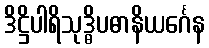
ဒိဋ္ဌိပါရိသုဒ္ဓိပဓာနိယင်္ဂေန